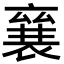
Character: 𮖠